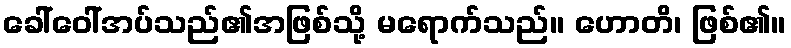
ခေါ်ဝေါ်အပ်သည်၏အဖြစ်သို့ မရောက်သည်။ ဟောတိ၊ ဖြစ်၏။